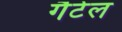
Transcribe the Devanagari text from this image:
गैटेल